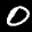
Label: 0